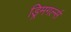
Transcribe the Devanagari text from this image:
ड्रिमगर्ल्स